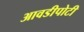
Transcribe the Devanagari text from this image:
आवडीपोटी